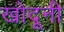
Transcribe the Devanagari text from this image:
खोदूनी